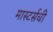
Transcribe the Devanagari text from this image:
मास्टर्सची